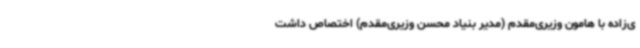
ی‌زاده با هامون وزیری‌مقدم (مدیر بنیاد محسن وزیری‌مقدم) اختصاص داشت